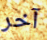
آخر